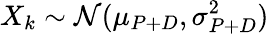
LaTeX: X_{k}\sim\mathcal N(\mu_{P+D},\sigma_{P+D}^{2})